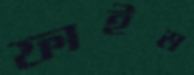
ফাইম